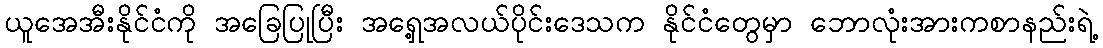
ယူအေအီးနိုင်ငံကို အခြေပြုပြီး အရှေ့အလယ်ပိုင်းဒေသက နိုင်ငံတွေမှာ ဘောလုံးအားကစာနည်းရဲ့